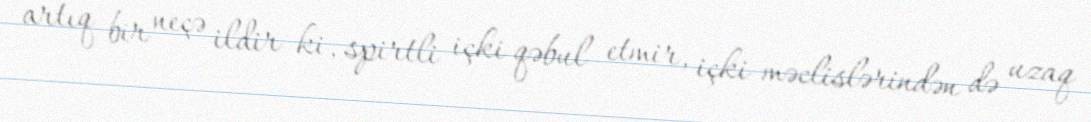
artıq bir neçə ildir ki, spirtli içki qəbul etmir, içki məclislərindən də uzaq